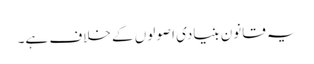
یہ قانون بنیادی اصولوں کے خلاف ہے۔